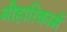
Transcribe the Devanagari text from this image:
नीहारिकामें